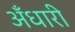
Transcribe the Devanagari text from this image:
अँधारी